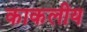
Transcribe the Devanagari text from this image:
काकलीय